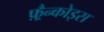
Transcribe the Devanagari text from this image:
फ़्रैन्कोइस